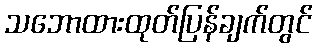
သဘောထားထုတ်ပြန်ချက်တွင်